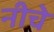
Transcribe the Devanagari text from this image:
नीचे